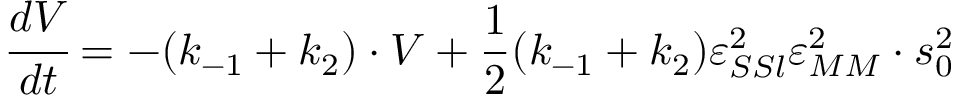
\cfrac { d V } { d t } = - ( k _ { - 1 } + k _ { 2 } ) \cdot V + \frac 1 2 ( k _ { - 1 } + k _ { 2 } ) \varepsilon _ { S S l } ^ { 2 } \varepsilon _ { M M } ^ { 2 } \cdot s _ { 0 } ^ { 2 }